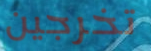
تخرجين